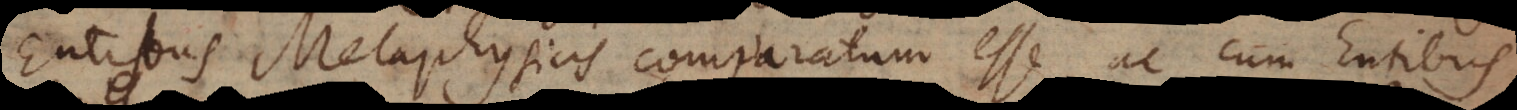
Entibus Metaphysicis comparatum esse, ac cum Entibus